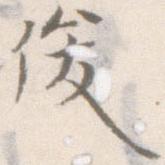
俊